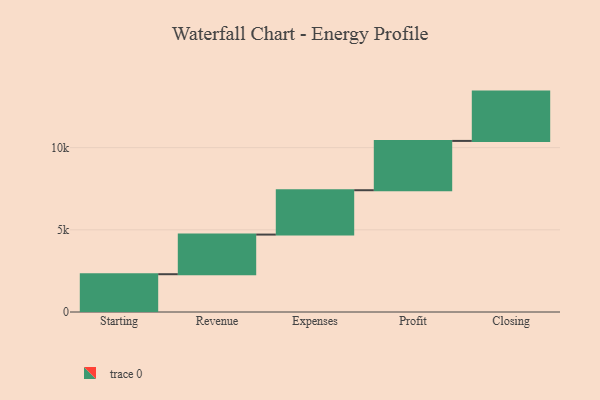
{"axis": {"x": "Step", "y": "Value"}, "legend": [""], "data": [{"x": "Starting", "y": 2299.0, "type": ""}, {"x": "Revenue", "y": 2411.0, "type": ""}, {"x": "Expenses", "y": 2699.0, "type": ""}, {"x": "Profit", "y": 3000, "type": ""}, {"x": "Closing", "y": 3000, "type": ""}]}